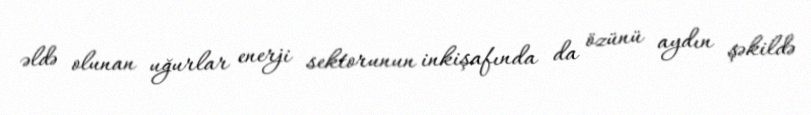
əldə olunan uğurlar enerji sektorunun inkişafında da özünü aydın şəkildə